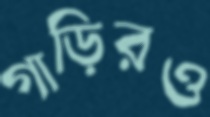
গাড়িরও